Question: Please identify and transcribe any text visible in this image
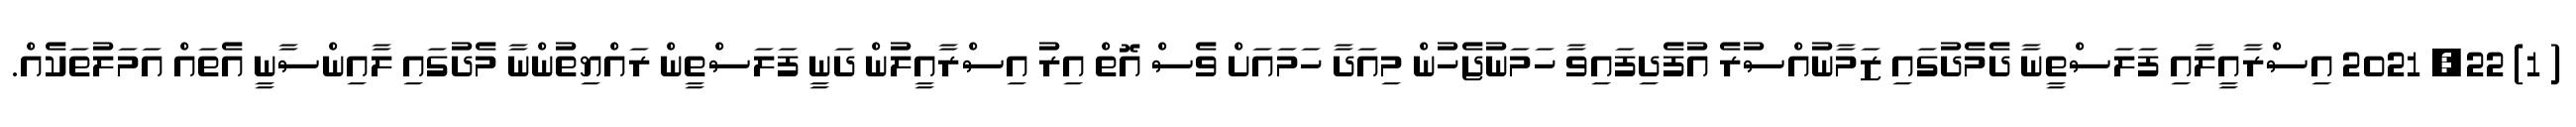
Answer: ( 1) 22, 2021 އިސްރާއީލާއި ފަލަސްތީނާ ދެމެދުގައި ޒަމާނުއްސުރެ އުފެދިފައިވާ ހަމަނުޖެހުން މިއަދާ ހަމައަށް ވެސް އޮތް އިރު އިސްރާއީލުން ދަނީ ފަލަސްތީން ރައްޔިތުންނާ މެދުގައި ލާއިންސާނީ އެތައް އަމަލުތަކެއް.